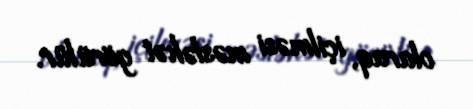
olaraq, içilməsi məsləhət görülür.